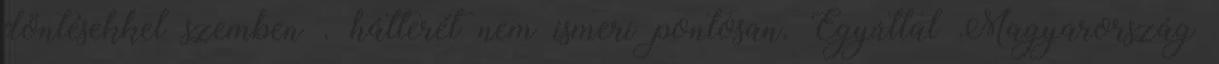
döntésekkel szemben . hátterét nem ismeri pontosan. Egyúttal Magyarország